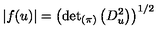
\left| f ( u ) \right| = \left( { \det } _ { ( \pi ) } \left( D _ { u } ^ { 2 } \right) \right) ^ { 1 / 2 }